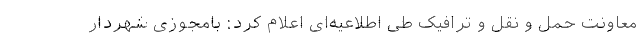
معاونت حمل و نقل و ترافیک طی اطلاعیه‌ای اعلام کرد: بامجوزی شهردار